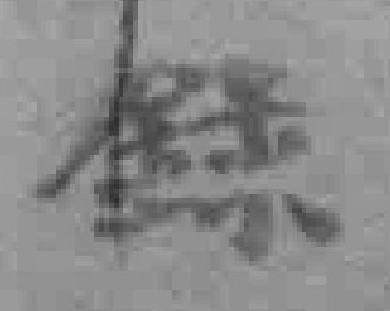
錄